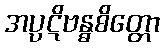
အပ္ပဋိဗန္ဓစိတ္တော